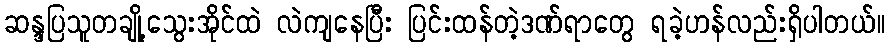
ဆန္ဒပြသူတချို့သွေးအိုင်ထဲ လဲကျနေပြီး ပြင်းထန်တဲ့ဒဏ်ရာတွေ ရခဲ့ဟန်လည်းရှိပါတယ်။